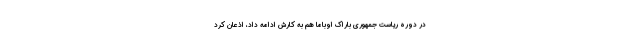
در دوره ریاست جمهوری باراک اوباما هم به کارش ادامه داد، اذعان کرد